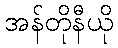
အန်တိုနီယို